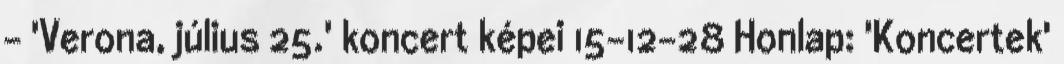
- 'Verona, július 25.' koncert képei 15-12-28 Honlap: 'Koncertek'